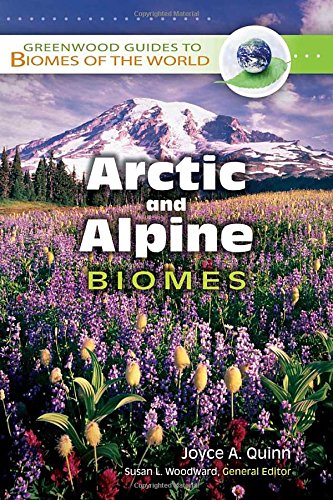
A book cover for Arctic and Alpine Biomes (Greenwood Guides to Biomes of the World); Joyce A. Quinn; Travel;